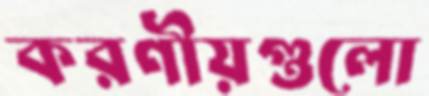
করণীয়গুলো